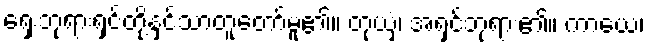
ရှေးဘုရားရှင်တို့နှင့်သာတူတော်မူ၏။ တုယှံ၊ အရှင်ဘုရား၏။ ကာယေ၊